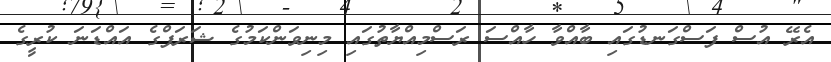
އެރޭ އުސް ފަސްގަނޑުގައި ބާއްވާ ހާއްސަ ރަސްމިއްޔާތުގައި މިނިވަންކަމުގެ ޝަރަފްގެ އައްޑަނަ ކުރީގެ